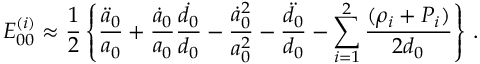
E _ { 0 0 } ^ { ( i ) } \approx \frac { 1 } { 2 } \left\{ \frac { \ddot { a } _ { 0 } } { a _ { 0 } } + \frac { \dot { a } _ { 0 } } { a _ { 0 } } \frac { \dot { d } _ { 0 } } { d _ { 0 } } - \frac { \dot { a } _ { 0 } ^ { 2 } } { a _ { 0 } ^ { 2 } } - \frac { \ddot { d } _ { 0 } } { d _ { 0 } } - \sum _ { i = 1 } ^ { 2 } \frac { ( \rho _ { i } + P _ { i } ) } { 2 d _ { 0 } } \right\} \, .